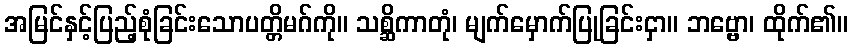
အမြင်နှင့်ပြည့်စုံခြင်းသောပတ္တိမဂ်ကို။ သစ္ဆိကာတုံ၊ မျက်မှောက်ပြုခြင်းငှာ။ ဘဗ္ဗော၊ ထိုက်၏။